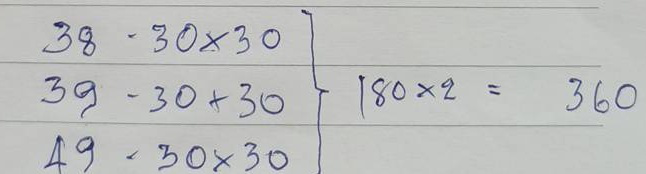
38 - 30 x 30 =  180 x 2 = 360
39 - 30 x 30 =  180 x 2 = 360
49 - 30 x 30 =  180 x 2 = 360